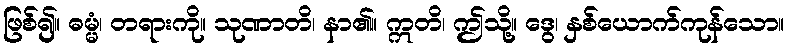
ဖြစ်၍။ ဓမ္မံ၊ တရားကို။ သုဏာတိ၊ နာ၏။ ဣတိ၊ ဤသို့။ ဒွေ၊ နှစ်ယောက်ကုန်သော။